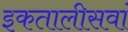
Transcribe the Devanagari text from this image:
इकतालीसवां